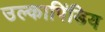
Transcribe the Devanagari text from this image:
उल्कापिंडिय